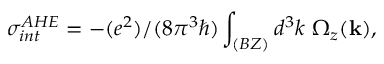
\sigma _ { i n t } ^ { A H E } = - ( e ^ { 2 } ) / ( 8 \pi ^ { 3 } \hbar ) \int _ { ( B Z ) } d ^ { 3 } k \ \Omega _ { z } ( \mathbf { k } ) ,